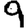
Digit: 9